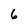
Character: 6